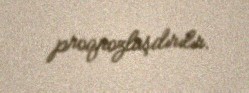
proqnozlaşdırılır.